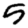
Digit: 5